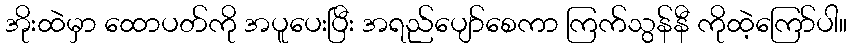
အိုးထဲမှာ ထောပတ်ကို အပူပေးပြီး အရည်ပျော်စေကာ ကြက်သွန်နီ ကိုထဲ့ကြော်ပါ။